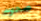
صحوت